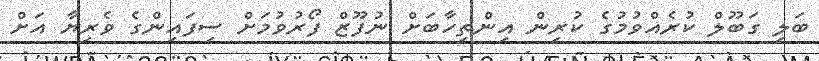
ބަލި ގަބޫލް ކުރެއްވުމުގެ ކުރިން އިންތިހާބަށް ނުފޫޒް ފޯރުވުމަށް ސިފައިންގެ ވެރިޔާ އަށް